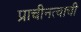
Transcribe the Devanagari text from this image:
प्राचीनत्वाची